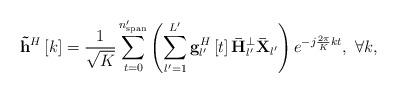
LaTeX: \begin{align*} {{{\bf{\tilde h}}}^H}\left[ k \right] = \frac{1}{{\sqrt K }}\sum\limits_{t = 0}^{{n'_{{\rm{span}}}}} {\left( {\sum\limits_{l' = 1}^{L'} {{\bf{g}}_{l'}^H\left[ t \right]{\bf{\bar H}}_{l'}^ \bot {{{\bf{\bar X}}}_{l'}}} } \right){e^{ - j\frac{{2\pi }}{K}kt}}} , \ \forall k, \end{align*}